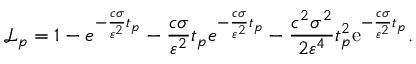
\mathcal { L } _ { p } = 1 - e ^ { - \frac { c \sigma } { \varepsilon ^ { 2 } } t _ { p } } - \frac { c \sigma } { \varepsilon ^ { 2 } } t _ { p } e ^ { - \frac { c \sigma } { \varepsilon ^ { 2 } } t _ { p } } - \frac { c ^ { 2 } \sigma ^ { 2 } } { 2 \varepsilon ^ { 4 } } t _ { p } ^ { 2 } \mathrm { e } ^ { - \frac { c \sigma } { \varepsilon ^ { 2 } } t _ { p } } .